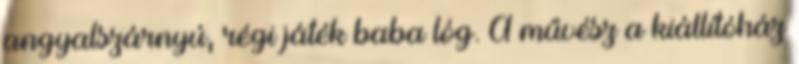
angyalszárnyú, régi játék baba lóg. A művész a kiállítóház